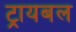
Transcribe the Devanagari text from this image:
ट्रायबल